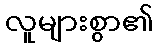
လူများစွာ၏